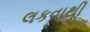
લકવાથી